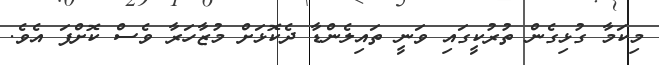
މިކަމާ ގުޅިގެން ތުރުކީގައި ވަނީ ތައިލެންޑާ ދެކޮޅަށް މުޒާހަރާ ވެސް ކޮށްފަ އެވެ.